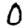
Digit: 0